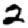
Digit: 2